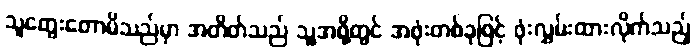
သူတွေးတောမိသည်မှာ အတိတ်သည် သူ့အဖို့တွင် အဖုံးတစ်ခုဖြင့် ဖုံးလွှမ်းထားလိုက်သည့်